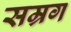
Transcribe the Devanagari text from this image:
सम्रग